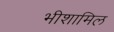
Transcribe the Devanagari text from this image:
भीशामिल